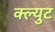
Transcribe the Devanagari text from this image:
क्ल्युट